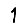
Digit: 1